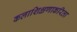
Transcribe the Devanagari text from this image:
कलाशिक्षणाकरिता